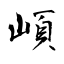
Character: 崸